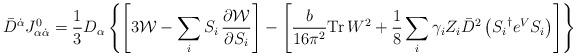
LaTeX: \begin{align*}\bar{D}^{\dot{\alpha}} J^{0}_{\alpha\dot{\alpha}} = \frac{1}{3} D_{\alpha}\left\{\left[3{\cal W} - \sum_i S_i \,\frac{\partial {\cal W}}{\partial S_i}\right] - \left[\frac{b}{16\pi^2} {\rm Tr}\, W^2 + \frac{1}{8} \sum_i\gamma_i Z_i \bar{D}^2\left({S_i}^\dagger e^{V}S_i\right) \right] \right\}\end{align*}